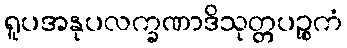
ရူပအနုပလက္ခဏာဒိသုတ္တပဉ္စကံ